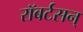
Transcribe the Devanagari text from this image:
रॉबर्टसन्